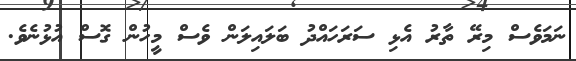
ނަމަވެސް މިރޭ ތާރު އެޅި ސަރަހައްދު ބަލައިލަން ވެސް މީހުން ގޮސް އުޅުނެވެ.